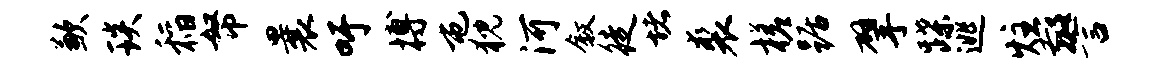
歉琰稻帑曩吁搏屯猊河叙徒堵裘槎踞擘蹀逃炷警